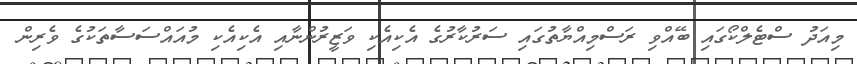
މިއަދު ސްޓެލްކޯގައި ބޭއްވި ރަސްމިއްޔާތުގައި ސަރުކާރުގެ އެކިއެކި ވަޒީރުންނާއި އެކިއެކި މުއައްސަސާތަކުގެ ވެރިން